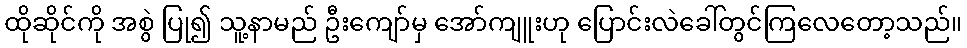
ထိုဆိုင်ကို အစွဲ ပြု၍ သူ့နာမည် ဦးကျော်မှ အော်ကျူးဟု ပြောင်းလဲခေါ်တွင်ကြလေတော့သည်။